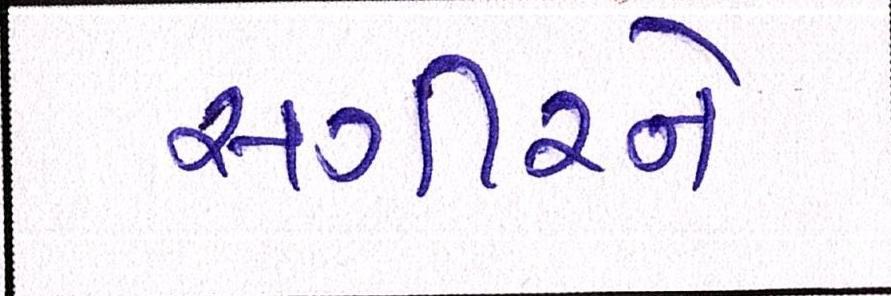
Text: સગીરને